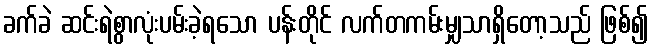
ခက်ခဲ ဆင်းရဲစွာလုံးပမ်းခဲ့ရသော ပန်းတိုင် လက်တကမ်းမျှသာရှိတော့သည် ဖြစ်၍